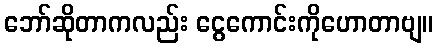
ဘော်ဆိုတာကလည်း ငွေကောင်းကိုဟောတာဗျ။